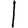
Digit: 1